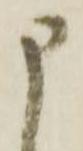
申